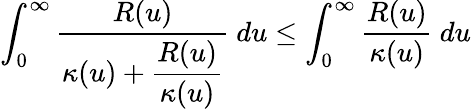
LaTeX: \int_{0}^{\infty}\displaystyle\frac{R(u)}{\kappa(u)+\displaystyle\frac{R(u)}{\kappa(u)}}~du\leq\int_{0}^{\infty}\displaystyle\frac{R(u)}{\kappa(u)}~du